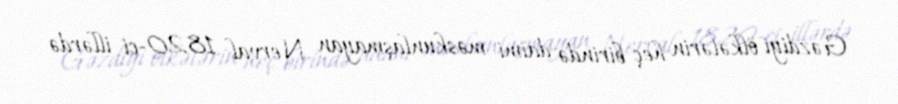
Gəzdiyi ölkələrin heç birində daimi məskunlaşmayan Nerval 1820-ci illərdə